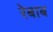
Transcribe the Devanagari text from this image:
रेबाब